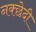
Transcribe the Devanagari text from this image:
नक्छेदी